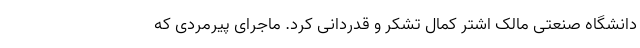
دانشگاه صنعتی مالک اشتر کمال تشکر و قدردانی کرد. ماجرای پیرمردی که